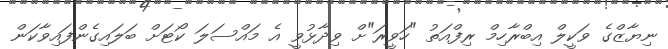
ނިޔާޒްގެ ވަކީލް އިބްރާހިމް ރިފްއަތު "ހަވީރަ"ށް ވިދާޅުވީ އެ މައްސަލަ ކޯޓަށް ބަލައިގެންފައިވާކަން